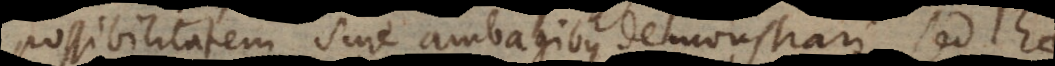
possibilitatem sine ambagibus demonstrari, sed hae